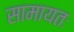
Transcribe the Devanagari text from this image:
सामायतः